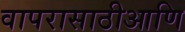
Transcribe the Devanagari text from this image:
वापरासाठीआणि